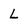
Character: L